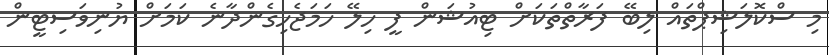
މި ސްކޮލަޝިޕްތައް ލިބޭ ފަރާތްތަކަށް ޓިއުޝަން ފީ ހިލޭ ހަމަޖެހިގެންދާނެ ކަމަށް ޔުނިވަަސިޓީން